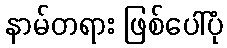
နာမ်တရား ဖြစ်ပေါ်ပုံ